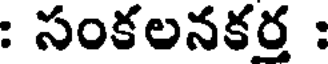
: సంకలనకర్త :